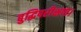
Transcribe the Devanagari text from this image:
बुद्धिपरीक्षण।